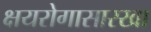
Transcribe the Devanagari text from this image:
क्षयरोगासारखा